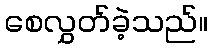
စေလွှတ်ခဲ့သည်။